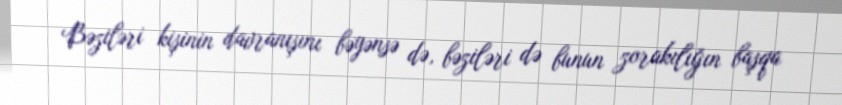
Bəziləri kişinin davranışını bəyənsə də, bəziləri də bunun zorakılığın başqa